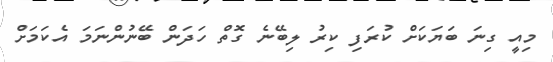
މިއީ ގިނަ ބަޔަކަށް ކުރަފި ކިރު ލިބޭނެ ގޮތް ހަދަން ބޭނުންނަމަ އެކަމަށް